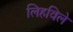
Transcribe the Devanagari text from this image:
लिहविले